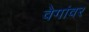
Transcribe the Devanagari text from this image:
वेगांवर